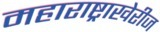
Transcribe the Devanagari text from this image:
महाराष्ट्राखेरीज